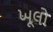
ખૂલો